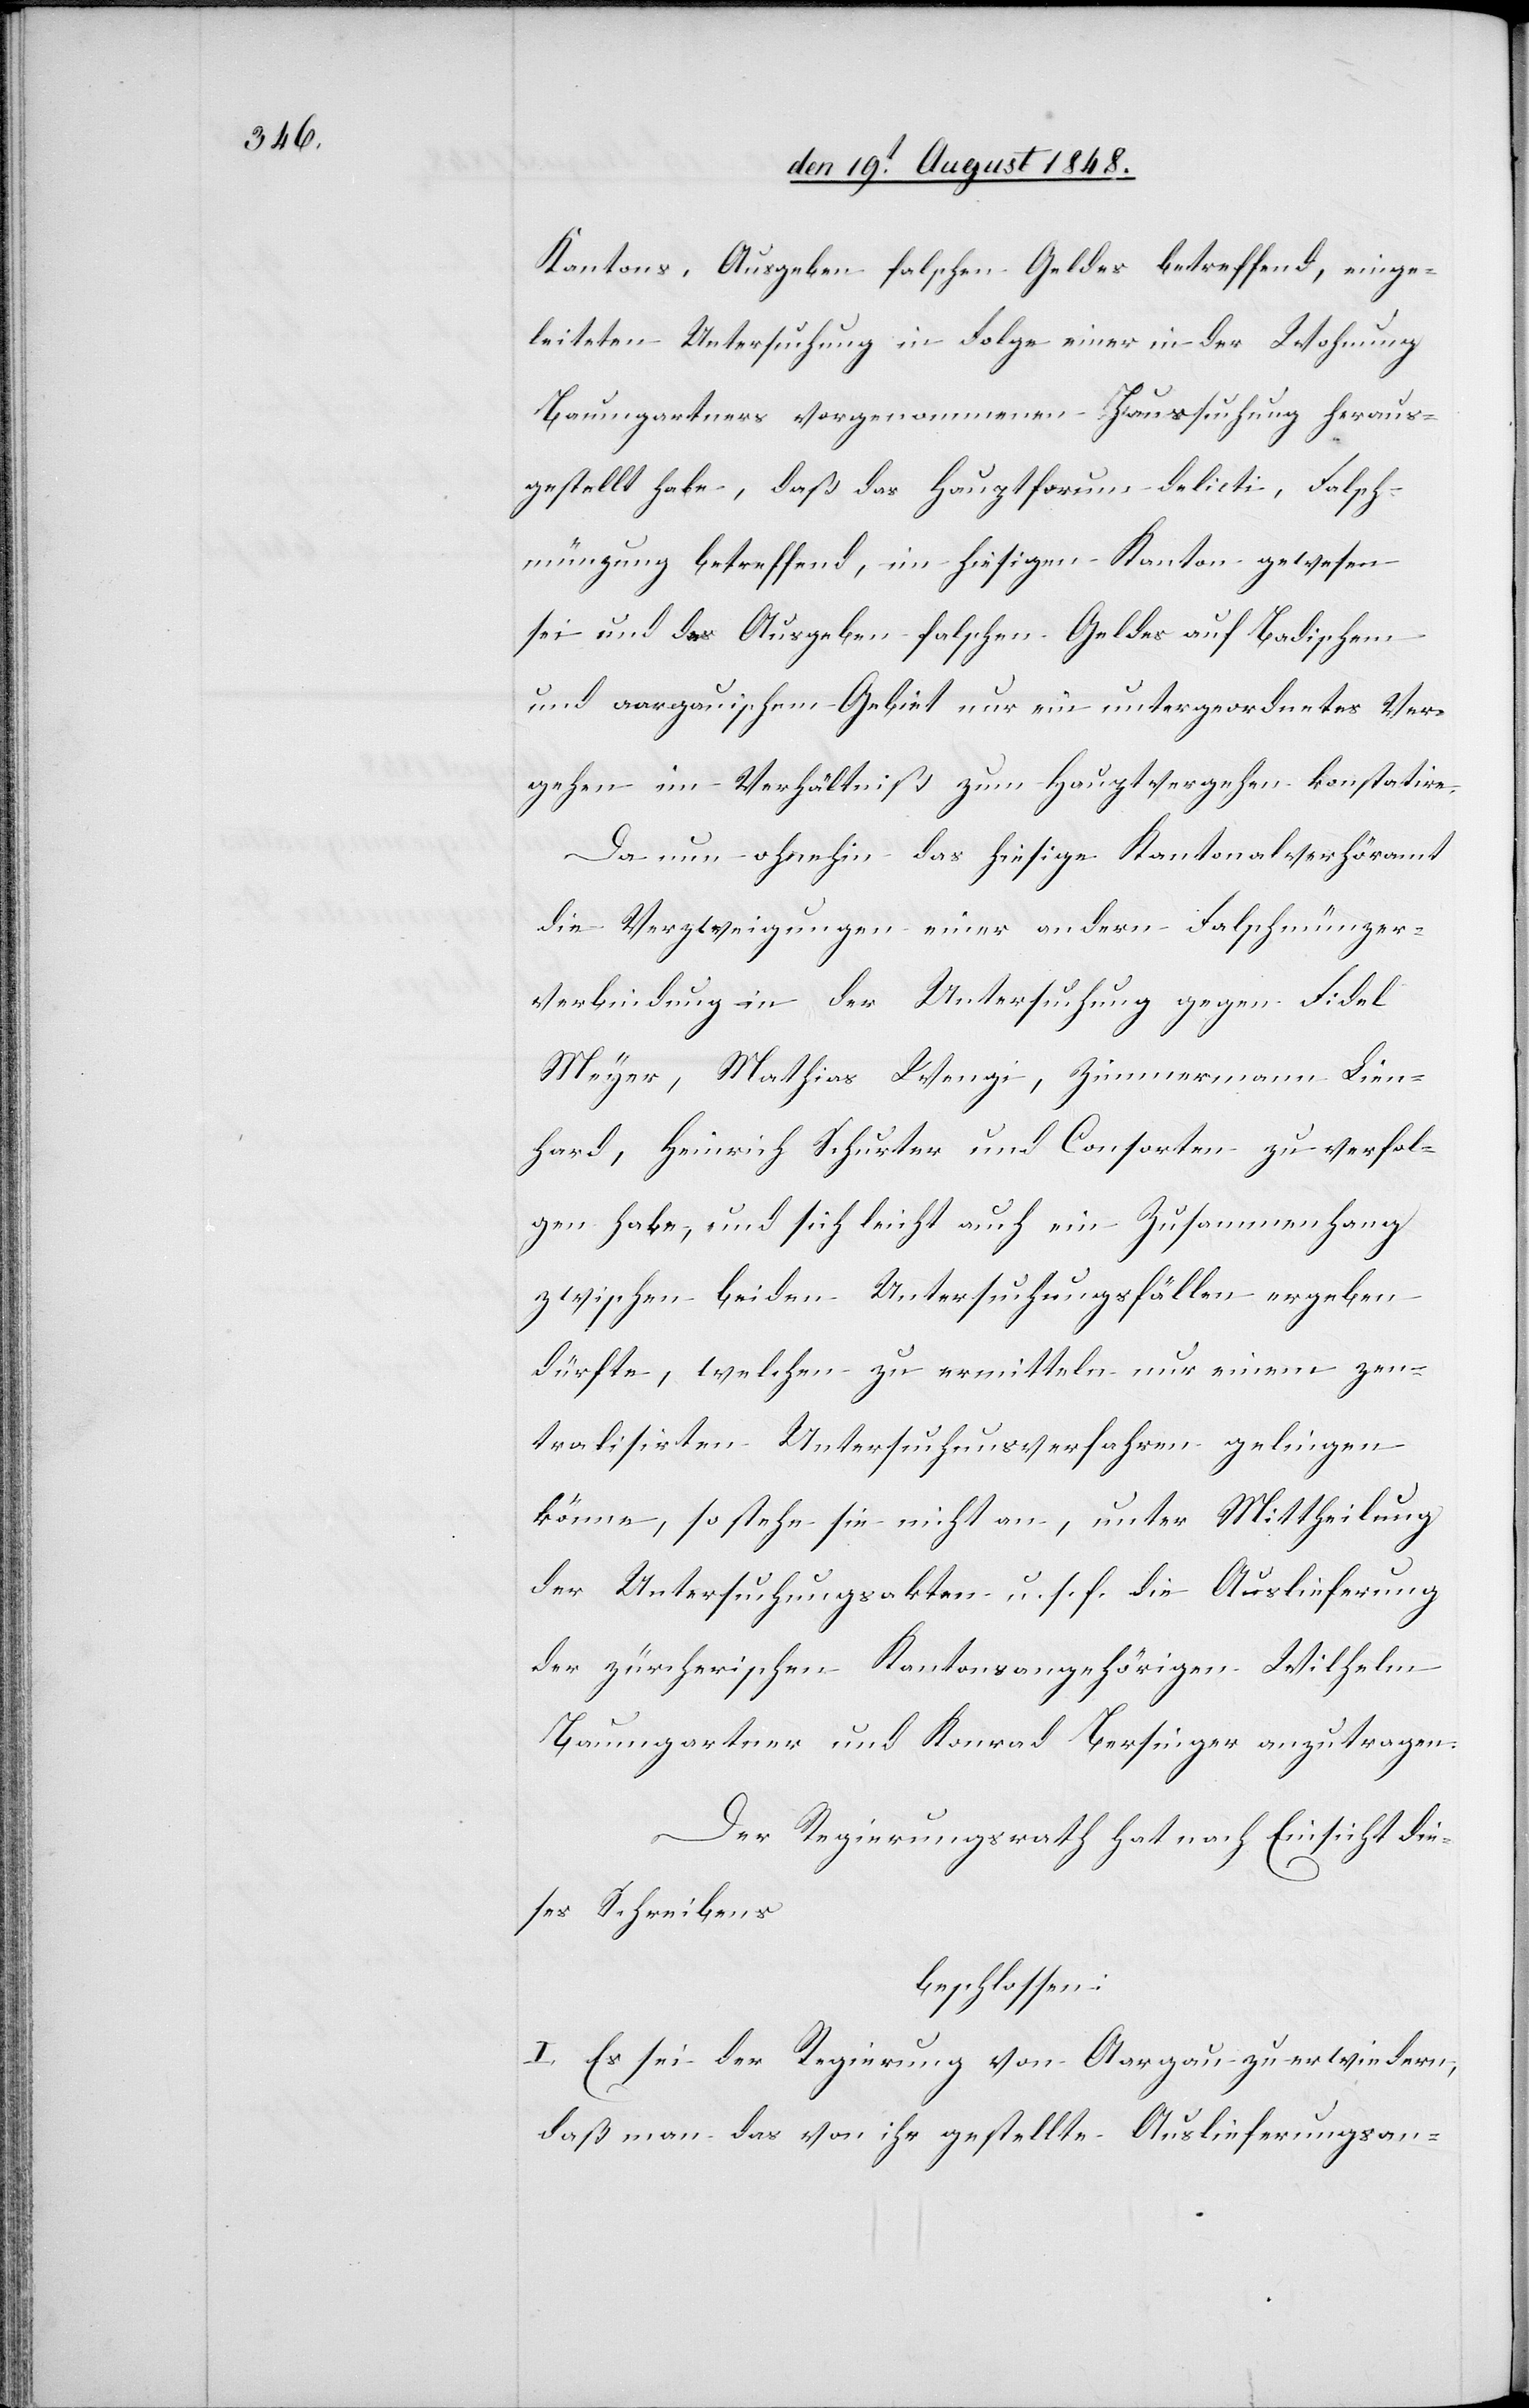
Kantons, Ausgaben solchen Geldes betreffend, einge¬
leiteten Untersuchung in Folge einer in der Wohnung
Baumgartners vorgenommenen Haussuchung heraus¬
gestellt habe, daß das Hauptforum delicti, Falsch¬
münzung betreffend, im hiesigen Kanton gewesen
sei und das Ausgaben falschen Geldes auf Badischem
und aargauischem Gebiet nur ein untergeordnetes Ver¬
gehen im Verhältniß zum Hauptvergehen konstatire.
Da nun ohnehin das hiesige Kantonalverhöramt
die Verzweigungen einer andern Falschmünzer¬
verbindung in der Untersuchung gegen Fidel
Meyer, Mathias Wengi, Zimmermann Lien¬
hard, Heinrich Schurter und Consorten zu verfol¬
gen habe, und sich leicht auch ein Zusammenhang
zwischen beiden Untersuchungsfällen ergeben
dürfte, welchen zu ermitteln nur einem zen¬
tralisirten Untersuchungsverfahren gelingen
könne, so stehe sie nicht an, unter Mittheilung
der Untersuchungsakten u. s. f. die Auslieferung
der zürcherischen Kantonsangehörigen Wilhelm
Baumgartner und Konrad Bersinger anzutragen.
Der Regierungsrath hat nach Einsicht die¬
ses Schreibens
beschlossen:
I. Es sei der Regierung von Aargau zu erwiedern,
daß man das von ihr gestellte Auslieferungsan-